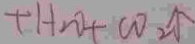
+ H _ { 2 } O + C O _ { 2 } \uparrow